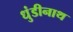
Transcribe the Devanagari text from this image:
धुंडीनाथ